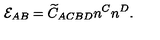
{ \cal E } _ { A B } = \widetilde { C } _ { A C B D } n ^ { C } n ^ { D } .